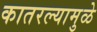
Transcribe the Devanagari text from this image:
कातरल्यामुळे